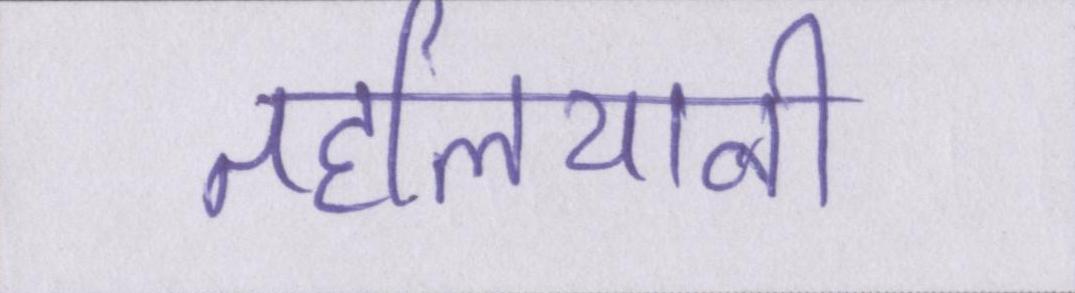
तहलियानी